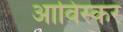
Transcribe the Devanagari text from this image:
आविस्कर